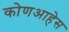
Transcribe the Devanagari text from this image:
कोणआहेस